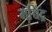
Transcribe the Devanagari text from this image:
मच्चिंद्र